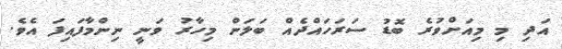
އަދި މި މިއަށްވުރެ ބޮޑު ސަރަހައްދެއް ބަލަން މިހާރު ވަނީ ނިންމާފައިފަ އެވެ.